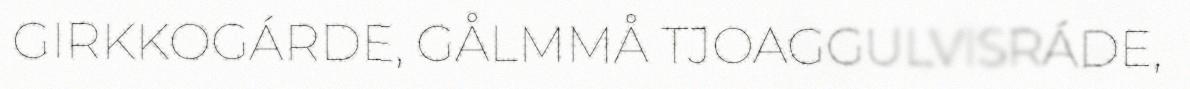
GIRKKOGÁRDE, GÅLMMÅ TJOAGGULVISRÁDE,